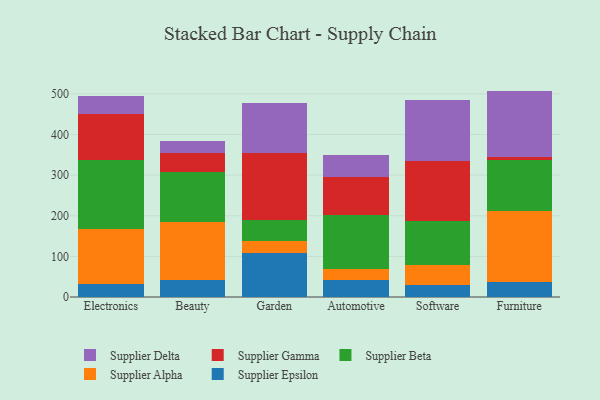
{"axis": {"x": "Category", "y": "Humidity (%)"}, "legend": ["Supplier Alpha", "Supplier Beta", "Supplier Delta", "Supplier Epsilon", "Supplier Gamma"], "data": [{"x": "Electronics", "y": 31.1, "type": "Supplier Epsilon"}, {"x": "Electronics", "y": 135.1, "type": "Supplier Alpha"}, {"x": "Electronics", "y": 170.8, "type": "Supplier Beta"}, {"x": "Electronics", "y": 114.6, "type": "Supplier Gamma"}, {"x": "Electronics", "y": 43.2, "type": "Supplier Delta"}, {"x": "Beauty", "y": 41.9, "type": "Supplier Epsilon"}, {"x": "Beauty", "y": 142.8, "type": "Supplier Alpha"}, {"x": "Beauty", "y": 123.7, "type": "Supplier Beta"}, {"x": "Beauty", "y": 46.5, "type": "Supplier Gamma"}, {"x": "Beauty", "y": 28.0, "type": "Supplier Delta"}, {"x": "Garden", "y": 107.9, "type": "Supplier Epsilon"}, {"x": "Garden", "y": 28.9, "type": "Supplier Alpha"}, {"x": "Garden", "y": 53.7, "type": "Supplier Beta"}, {"x": "Garden", "y": 162.9, "type": "Supplier Gamma"}, {"x": "Garden", "y": 123.5, "type": "Supplier Delta"}, {"x": "Automotive", "y": 42.0, "type": "Supplier Epsilon"}, {"x": "Automotive", "y": 27.6, "type": "Supplier Alpha"}, {"x": "Automotive", "y": 131.9, "type": "Supplier Beta"}, {"x": "Automotive", "y": 95.0, "type": "Supplier Gamma"}, {"x": "Automotive", "y": 53.0, "type": "Supplier Delta"}, {"x": "Software", "y": 30.7, "type": "Supplier Epsilon"}, {"x": "Software", "y": 47.3, "type": "Supplier Alpha"}, {"x": "Software", "y": 108.9, "type": "Supplier Beta"}, {"x": "Software", "y": 147.9, "type": "Supplier Gamma"}, {"x": "Software", "y": 149.5, "type": "Supplier Delta"}, {"x": "Furniture", "y": 37.9, "type": "Supplier Epsilon"}, {"x": "Furniture", "y": 174.1, "type": "Supplier Alpha"}, {"x": "Furniture", "y": 124.9, "type": "Supplier Beta"}, {"x": "Furniture", "y": 7.3, "type": "Supplier Gamma"}, {"x": "Furniture", "y": 163.3, "type": "Supplier Delta"}]}